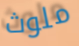
ملوث